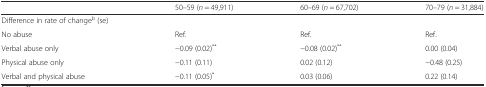
|  | 50–59 (n = 49,911) | 60–69 (n = 67,702) | 70–79 (n = 31,884) |
 | --- | --- | --- | --- |
 | Difference in rate of changeb (se) |  |  |  |
 | No abuse | Ref. | Ref. | Ref. |
 | Verbal abuse only | −0.09 (0.02)** | −0.08 (0.02)** | 0.00 (0.04) |
 | Physical abuse only | −0.11 (0.11) | 0.02 (0.12) | −0.48 (0.25) |
 | Verbal and physical abuse | −0.11 (0.05)* | 0.03 (0.06) | 0.22 (0.14) |